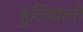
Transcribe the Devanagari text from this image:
हुलियानो